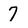
Character: 7